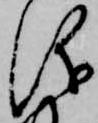
儀